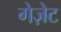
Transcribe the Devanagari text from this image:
गेज़ेट